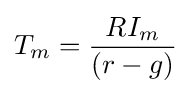
T_{m}={RI_{m} \over (r-g)}